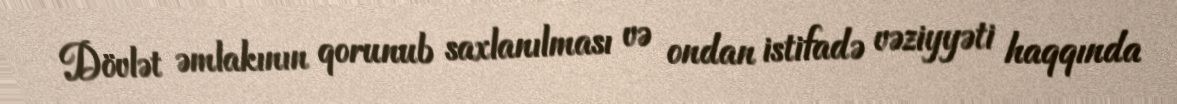
Dövlət əmlakının qorunub saxlanılması və ondan istifadə vəziyyəti haqqında